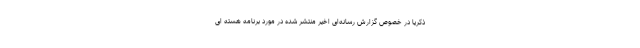
ذکریا در خصوص گزارش رسانه‌ای اخیر منتشر شده در مورد برنامه هسته ای